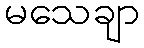
မသေချာ